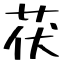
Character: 茯